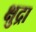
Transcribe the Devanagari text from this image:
क्षुद्रा